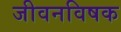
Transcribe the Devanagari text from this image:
जीवनविषक